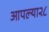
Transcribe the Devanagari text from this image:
आपल्या२८